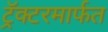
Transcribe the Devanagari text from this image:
ट्रॅक्टरमार्फत